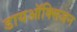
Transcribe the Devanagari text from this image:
डायऑक्सिजन